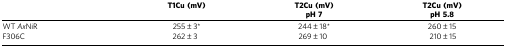
|  | T1Cu (mV) | T2Cu (mV)pH 7 | T2Cu (mV)pH 5.8 |
 | --- | --- | --- | --- |
 | WT AxNiR | 255±3* | 244±18* | 260±15 |
 | F306C | 262±3 | 269±10 | 210±15 |